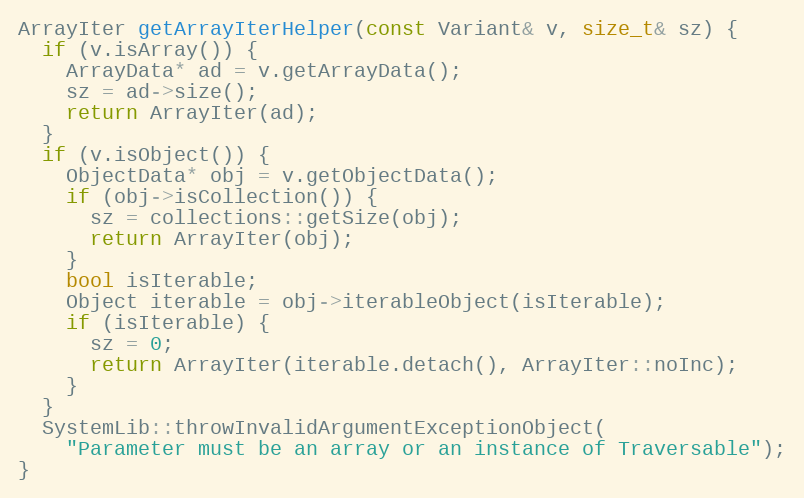
Language: C++
ArrayIter getArrayIterHelper(const Variant& v, size_t& sz) {
  if (v.isArray()) {
    ArrayData* ad = v.getArrayData();
    sz = ad->size();
    return ArrayIter(ad);
  }
  if (v.isObject()) {
    ObjectData* obj = v.getObjectData();
    if (obj->isCollection()) {
      sz = collections::getSize(obj);
      return ArrayIter(obj);
    }
    bool isIterable;
    Object iterable = obj->iterableObject(isIterable);
    if (isIterable) {
      sz = 0;
      return ArrayIter(iterable.detach(), ArrayIter::noInc);
    }
  }
  SystemLib::throwInvalidArgumentExceptionObject(
    "Parameter must be an array or an instance of Traversable");
}